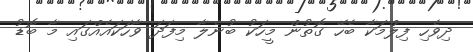
ދިވެހި ފިލްމަކާ ބެހޭ ގޮތުން މީހަކު ބުނެލާ މިފަދަ ވާހަކައެއްގައި މާ ބޮޑު